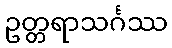
ဥတ္တရာသင်္ဂဿ